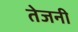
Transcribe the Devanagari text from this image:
तेजनी